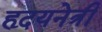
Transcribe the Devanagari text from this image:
हृदयनेत्री